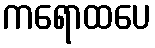
ကရောထပေ